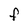
Character: F